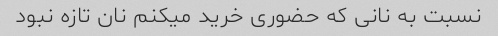
نسبت به نانی که حضوری خرید میکنم نان تازه نبود